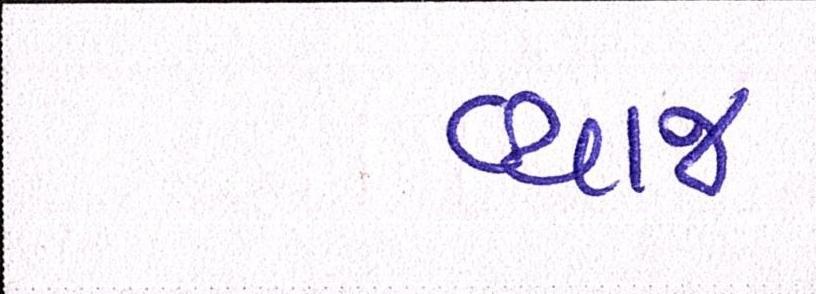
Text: વ્યાજ